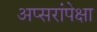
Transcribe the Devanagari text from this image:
अप्सरांपेक्षा